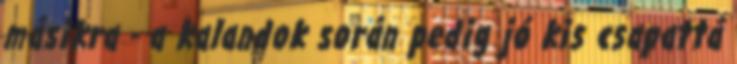
másikra - a kalandok során pedig jó kis csapattá